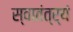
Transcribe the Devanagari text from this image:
स्वातंत्र्यं